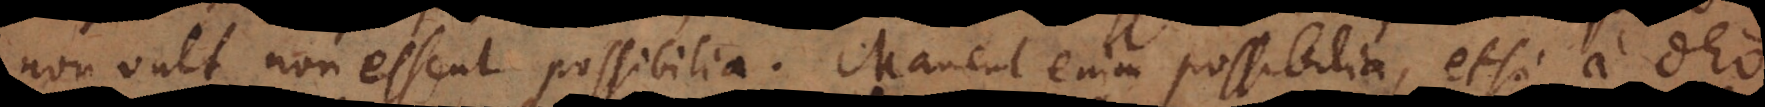
non vult non essent possibilia. Manent enim possibilia, etsi a Deo